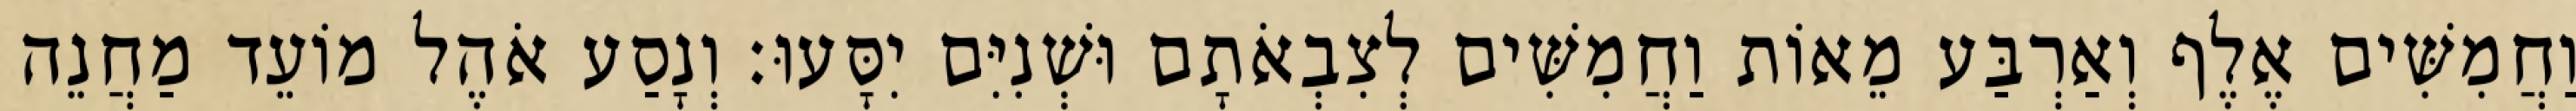
וַחֲמִשִּׁים אֶלֶף וְאַרְבַּע מֵאוֹת וַחֲמִשִּׁים לְצִבְאֹתָם וּשְׁנִיִּם יִסָּעוּ׃ וְנָסַע אֹהֶל מוֹעֵד מַחֲנֵה